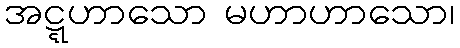
အဋ္ဋဟာသော မဟာဟာသော၊